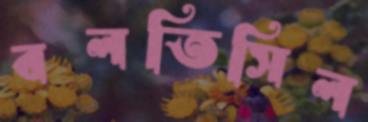
বলতিসিল